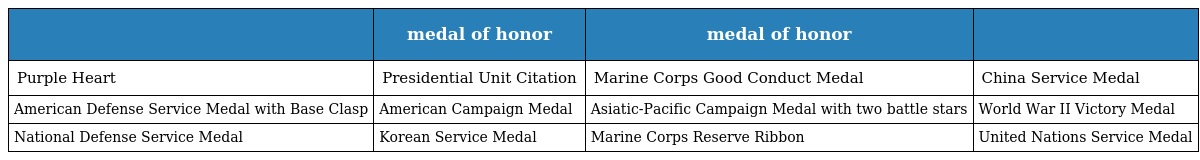
|  | medal of honor | medal of honor |  |
 | --- | --- | --- | --- |
 | Purple Heart | Presidential Unit Citation | Marine Corps Good Conduct Medal | China Service Medal |
 | American Defense Service Medal with Base Clasp | American Campaign Medal | Asiatic-Pacific Campaign Medal with two battle stars | World War II Victory Medal |
 | National Defense Service Medal | Korean Service Medal | Marine Corps Reserve Ribbon | United Nations Service Medal |